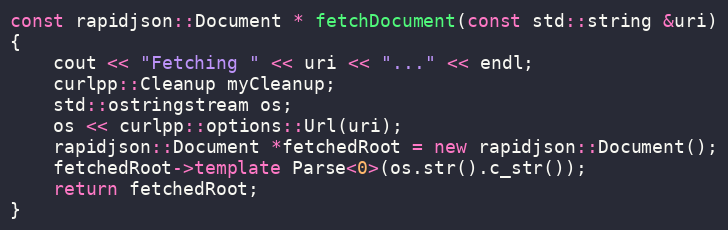
Language: C++
const rapidjson::Document * fetchDocument(const std::string &uri)
{
    cout << "Fetching " << uri << "..." << endl;
    curlpp::Cleanup myCleanup;
    std::ostringstream os;
    os << curlpp::options::Url(uri);
    rapidjson::Document *fetchedRoot = new rapidjson::Document();
    fetchedRoot->template Parse<0>(os.str().c_str());
    return fetchedRoot;
}